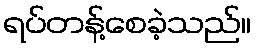
ရပ်တန့်စေခဲ့သည်။